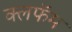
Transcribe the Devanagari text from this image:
क्लफॅम